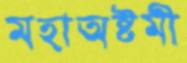
মহাঅষ্টমী